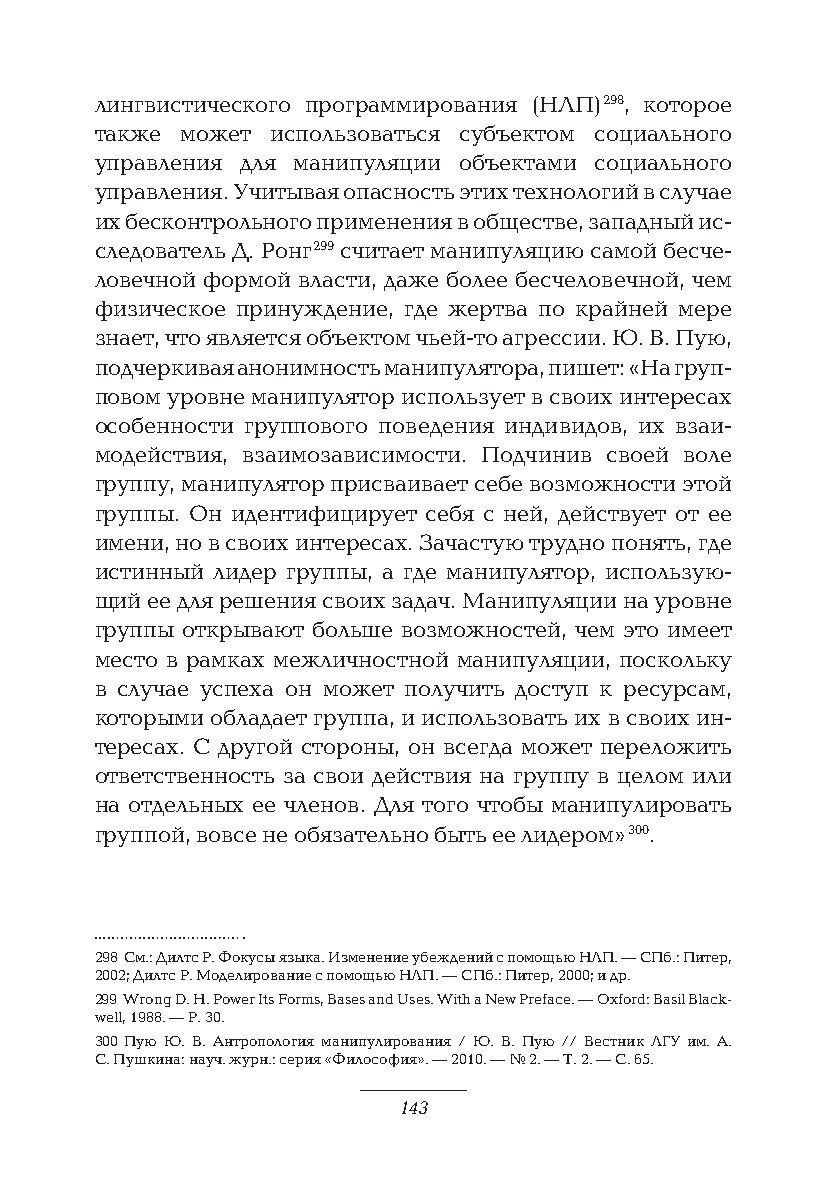
лингвистического программирования (НЛП) 298, которое
 также может использоваться субъектом социального
 управления для манипуляции объектами социального
 управления. Учитывая опасность этих технологий в случае
 их бесконтрольного применения в обществе, западный ис-
 следователь Д. Ронг 299 считает манипуляцию самой бесче-
 ловечной формой власти, даже более бесчеловечной, чем
 физическое принуждение, где жертва по крайней мере
 знает, что является объектом чьей-то агрессии. Ю. В. Пую,
 подчеркивая анонимность манипулятора, пишет: «На груп-
 повом уровне манипулятор использует в своих интересах
 особенности группового поведения индивидов, их взаи-
 модействия, взаимозависимости. Подчинив своей воле
 группу, манипулятор присваивает себе возможности этой
 группы. Он идентифицирует себя с ней, действует от ее
 имени, но в своих интересах. Зачастую трудно понять, где
 истинный лидер группы, а где манипулятор, использую-
 щий ее для решения своих задач. Манипуляции на уровне
 группы открывают больше возможностей, чем это имеет
 место в рамках межличностной манипуляции, поскольку
 в случае успеха он может получить доступ к ресурсам,
 которыми обладает группа, и использовать их в своих ин-
 тересах. С другой стороны, он всегда может переложить
 ответственность за свои действия на группу в целом или
 на отдельных ее членов. Для того чтобы манипулировать
 группой, вовсе не обязательно быть ее лидером» 300.
 298 См.: Дилтс Р. Фокусы языка. Изменение убеждений с помощью НЛП. — СПб.: Питер,
 2002; Дилтс Р. Моделирование с помощью НЛП. — СПб.: Питер, 2000; и др.
 299 Wrong D. H. Power Its Forms, Bases and Uses. With a New Preface. — Oxford: Basil Black-
 well, 1988. — P. 30.
 300 Пую Ю. В. Антропология манипулирования / Ю. В. Пую // Вестник ЛГУ им. А.
 С. Пушкина: науч. журн.: серия «Философия». — 2010. — № 2. — Т. 2. — С. 65.
 143